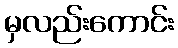
မှလည်းကောင်း